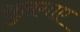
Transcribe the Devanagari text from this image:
सुलगाए